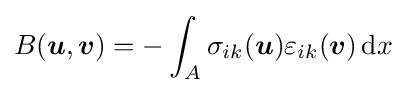
B({\boldsymbol {u}},{\boldsymbol {v}})=-\int _{A}\sigma _{ik}({\boldsymbol {u}})\varepsilon _{ik}({\boldsymbol {v}})\,\mathrm {d} x